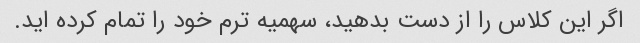
اگر این کلاس را از دست بدهید، سهمیه ترم خود را تمام کرده اید.